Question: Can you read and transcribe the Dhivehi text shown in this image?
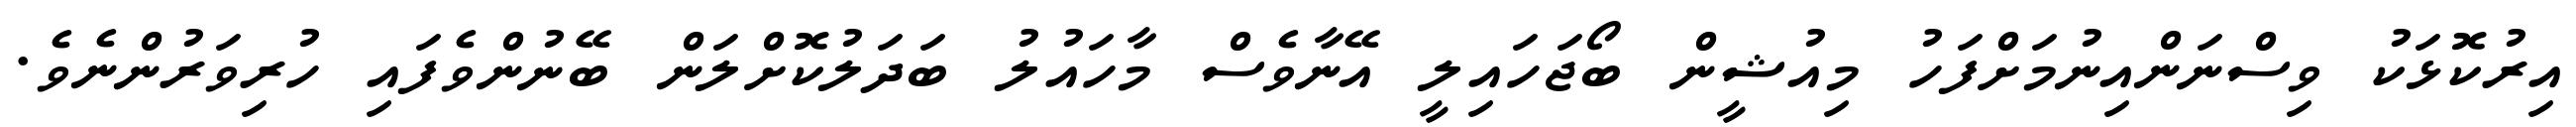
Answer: އިރުކޮޅަކު ވިސްނަންއިނުމަށްފަހު މިއުޝީން ބޯޖަހައިލީ އޭނާވެސް މާހައުލު ބަދަލުކޮށްލަން ބޭނުންވެފައި ހުރިވަރުންނެވެ.